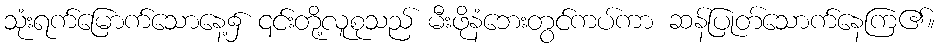
သုံးရက်မြောက်သောနေ့၌ ၎င်းတို့လူစုသည် မီးဖိုနံဘေးတွင်ကပ်ကာ ဆန်ပြုတ်သောက်နေကြ၏။